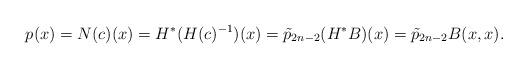
LaTeX: \begin{align*} p(x)=N({c})(x)=H^*(H({c})^{-1})(x) =\tilde{p}_{2n-2}(H^*{B})(x)=\tilde{p}_{2n-2}{B}(x,x).\end{align*}